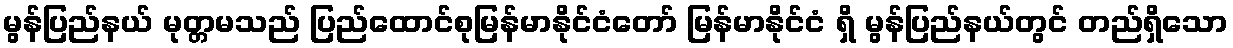
မွန်ပြည်နယ် မုတ္တမသည် ပြည်ထောင်စုမြန်မာနိုင်ငံတော် မြန်မာနိုင်ငံ ရှိ မွန်ပြည်နယ်တွင် တည်ရှိသော